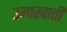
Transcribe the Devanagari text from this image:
उमास्वाती